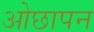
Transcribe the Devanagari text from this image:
ओछापन